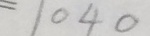
= 1 0 4 0